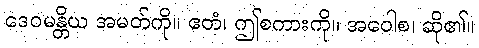
ဒေဝမန္တိယ အမတ်ကို။ ဧတံ၊ ဤစကားကို။ အဝေါစ၊ ဆို၏။